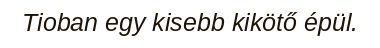
Tioban egy kisebb kikötő épül.